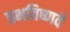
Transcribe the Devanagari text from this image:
प्रभविष्णवे